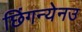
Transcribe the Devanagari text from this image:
छिंगन्येनउ